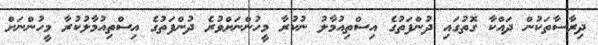
ދިރާސާތަކުން ދައްކާ ގޮތުގައި ދުންފަތުގެ އިސްތިއުމާލު ނުކުރާ މީހުންނަށްވުރެ ދުންފަތުގެ އިސްތިއުމާލުކުރާ މީހުންނަށް